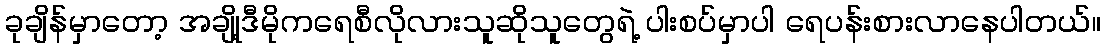
ခုချိန်မှာတော့ အချို့ဒီမိုကရေစီလိုလားသူဆိုသူတွေရဲ့ ပါးစပ်မှာပါ ရေပန်းစားလာနေပါတယ်။